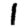
Digit: 1